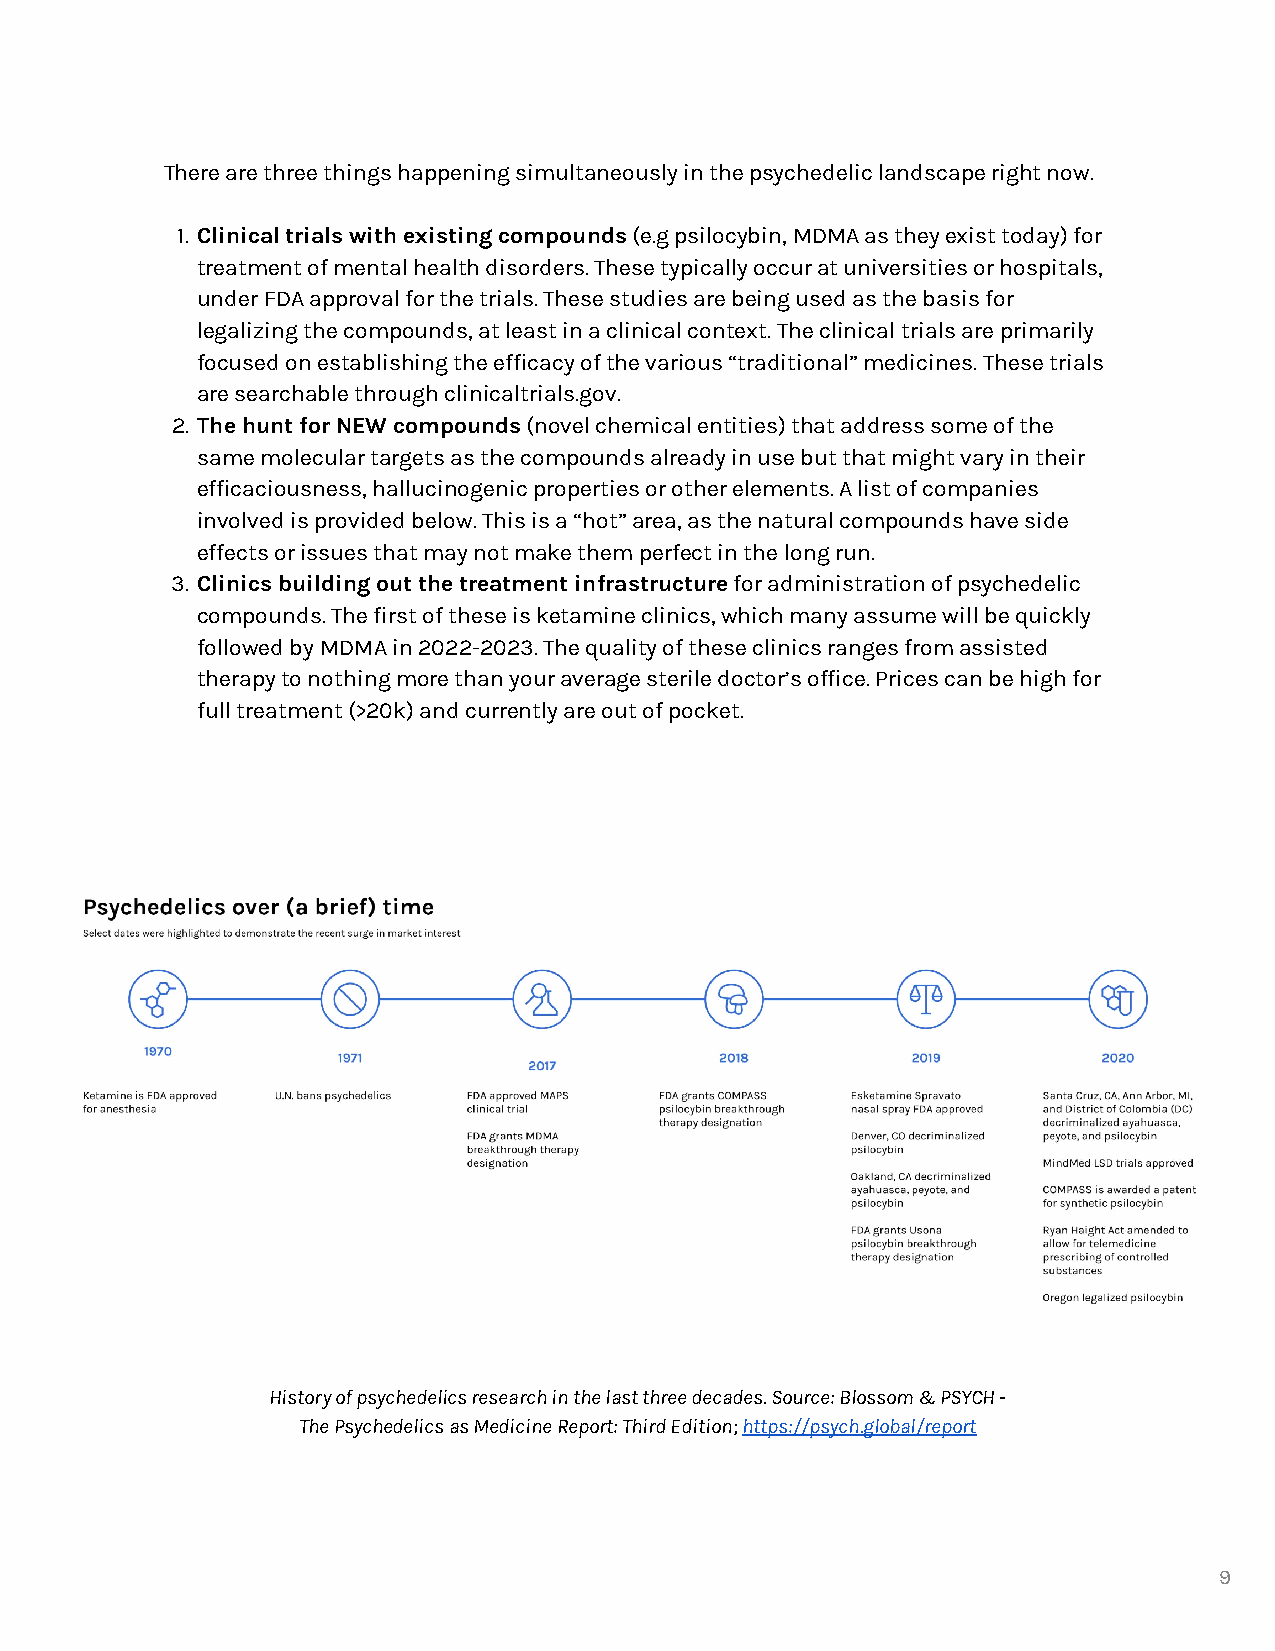
There are three things happening simultaneously in the psychedelic landscape right now.
 1. Clinical trials with existing compounds (e.g psilocybin, MDMA as they exist today) for
 treatment of mental health disorders. These typically occur at universities or hospitals,
 under FDA approval for the trials. These studies are being used as the basis for
 legalizing the compounds, at least in a clinical context. The clinical trials are primarily
 focused on establishing the efficacy of the various “traditional” medicines. These trials
 are searchable through clinicaltrials.gov.
 2. The hunt for NEW compounds (novel chemical entities) that address some of the
 same molecular targets as the compounds already in use but that might vary in their
 efficaciousness, hallucinogenic properties or other elements. A list of companies
 involved is provided below. This is a “hot” area, as the natural compounds have side
 effects or issues that may not make them perfect in the long run.
 3. Clinics building out the treatment infrastructure for administration of psychedelic
 compounds. The first of these is ketamine clinics, which many assume will be quickly
 followed by MDMA in 2022-2023. The quality of these clinics ranges from assisted
 therapy to nothing more than your average sterile doctor’s office. Prices can be high for
 full treatment (>20k) and currently are out of pocket.
 History of psychedelics research in the last three decades. Source: Blossom & PSYCH -
 The Psychedelics as Medicine Report: Third Edition; https://psych.global/report
 9